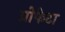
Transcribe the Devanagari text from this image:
प्रोफेटा